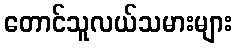
တောင်သူလယ်သမားများ